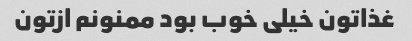
غذاتون خیلی خوب بود ممنونم ازتون